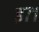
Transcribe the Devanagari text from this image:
इ७१